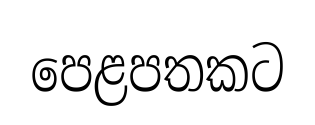
පෙළපතකට